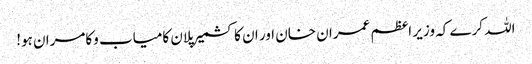
اللہ کرے کہ وزیر اعظم عمران خان اور ان کا کشمیر پلان کامیاب وکامران ہو!